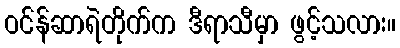
ဝင်န်ဆာရဲတိုက်က ဒီရာသီမှာ ဖွင့်သလား။